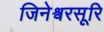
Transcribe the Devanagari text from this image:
जिनेश्वरसूरि